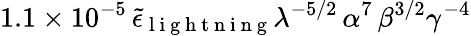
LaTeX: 1.1\times 10^{-5}\, \tilde{\epsilon}_{\mathrm{~l~i~g~h~t~n~i~n~g~}}\lambda^{-5/2}\, \alpha^{7}\, \beta^{3/2}\gamma^{-4}